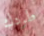
طردك